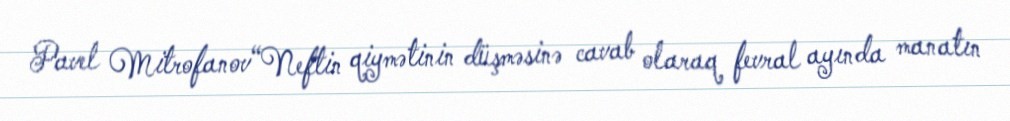
Pavel Mitrofanov“Neftin qiymətinin düşməsinə cavab olaraq fevral ayında manatın